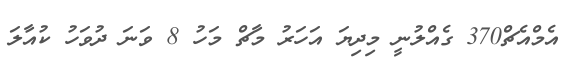
އެމްއެޗް370 ގެއްލުނީ މިދިޔަ އަހަރު މާޗް މަހު 8 ވަނަ ދުވަހު ކުއާލަ